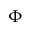
\Phi